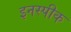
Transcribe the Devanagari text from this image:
इनस्पीक